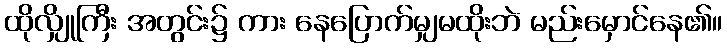
ထိုလျှိုကြီး အတွင်း၌ ကား နေပြောက်မျှမထိုးဘဲ မည်းမှောင်နေ၏။